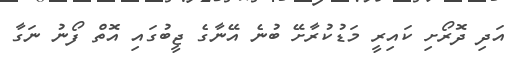
އަދި ދޮރޯށި ކައިރީ މަޑުކުރާށޭ ބުނެ އޭނާގެ ޖީބުގައި އޮތް ފޯނު ނަގާ